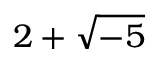
2 + { \sqrt { - 5 } }